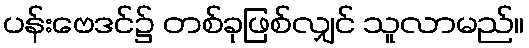
ပန်းဗေဒင်၌ တစ်ခုဖြစ်လျှင် သူလာမည်။